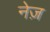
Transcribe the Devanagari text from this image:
नेज़